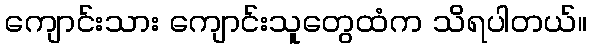
ကျောင်းသား ကျောင်းသူတွေထံက သိရပါတယ်။